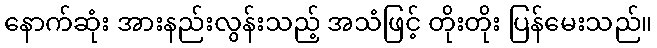
နောက်ဆုံး အားနည်းလွန်းသည့် အသံဖြင့် တိုးတိုး ပြန်မေးသည်။